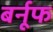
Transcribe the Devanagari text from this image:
बर्नूफ